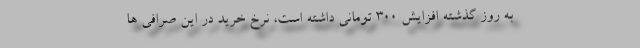
به روز گذشته افزایش ۳۰۰ تومانی داشته است، نرخ خرید در این صرافی ها